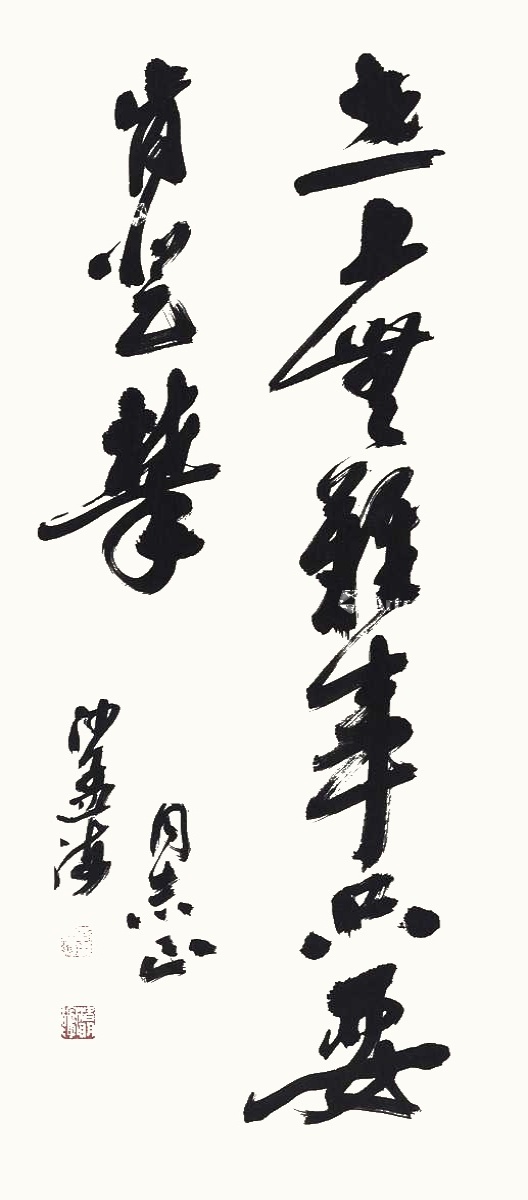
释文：世上无难事，只要肯登攀。□同志正，沙孟海。